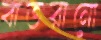
বাতরানো